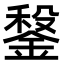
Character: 𨩂